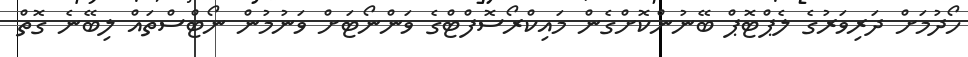
ހޯދުމަށް ދަރިވަރުގެ ލެޕްޓޮޕް ބޭނުންކޮށްގެން މައިކްރޯސޮފްޓްގެ ވަންނޯޓަށް ވަނުމުން ނޯޓްސްތައް ލިބޭނެ ގޮތް